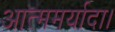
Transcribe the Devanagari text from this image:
आत्ममर्यादा।